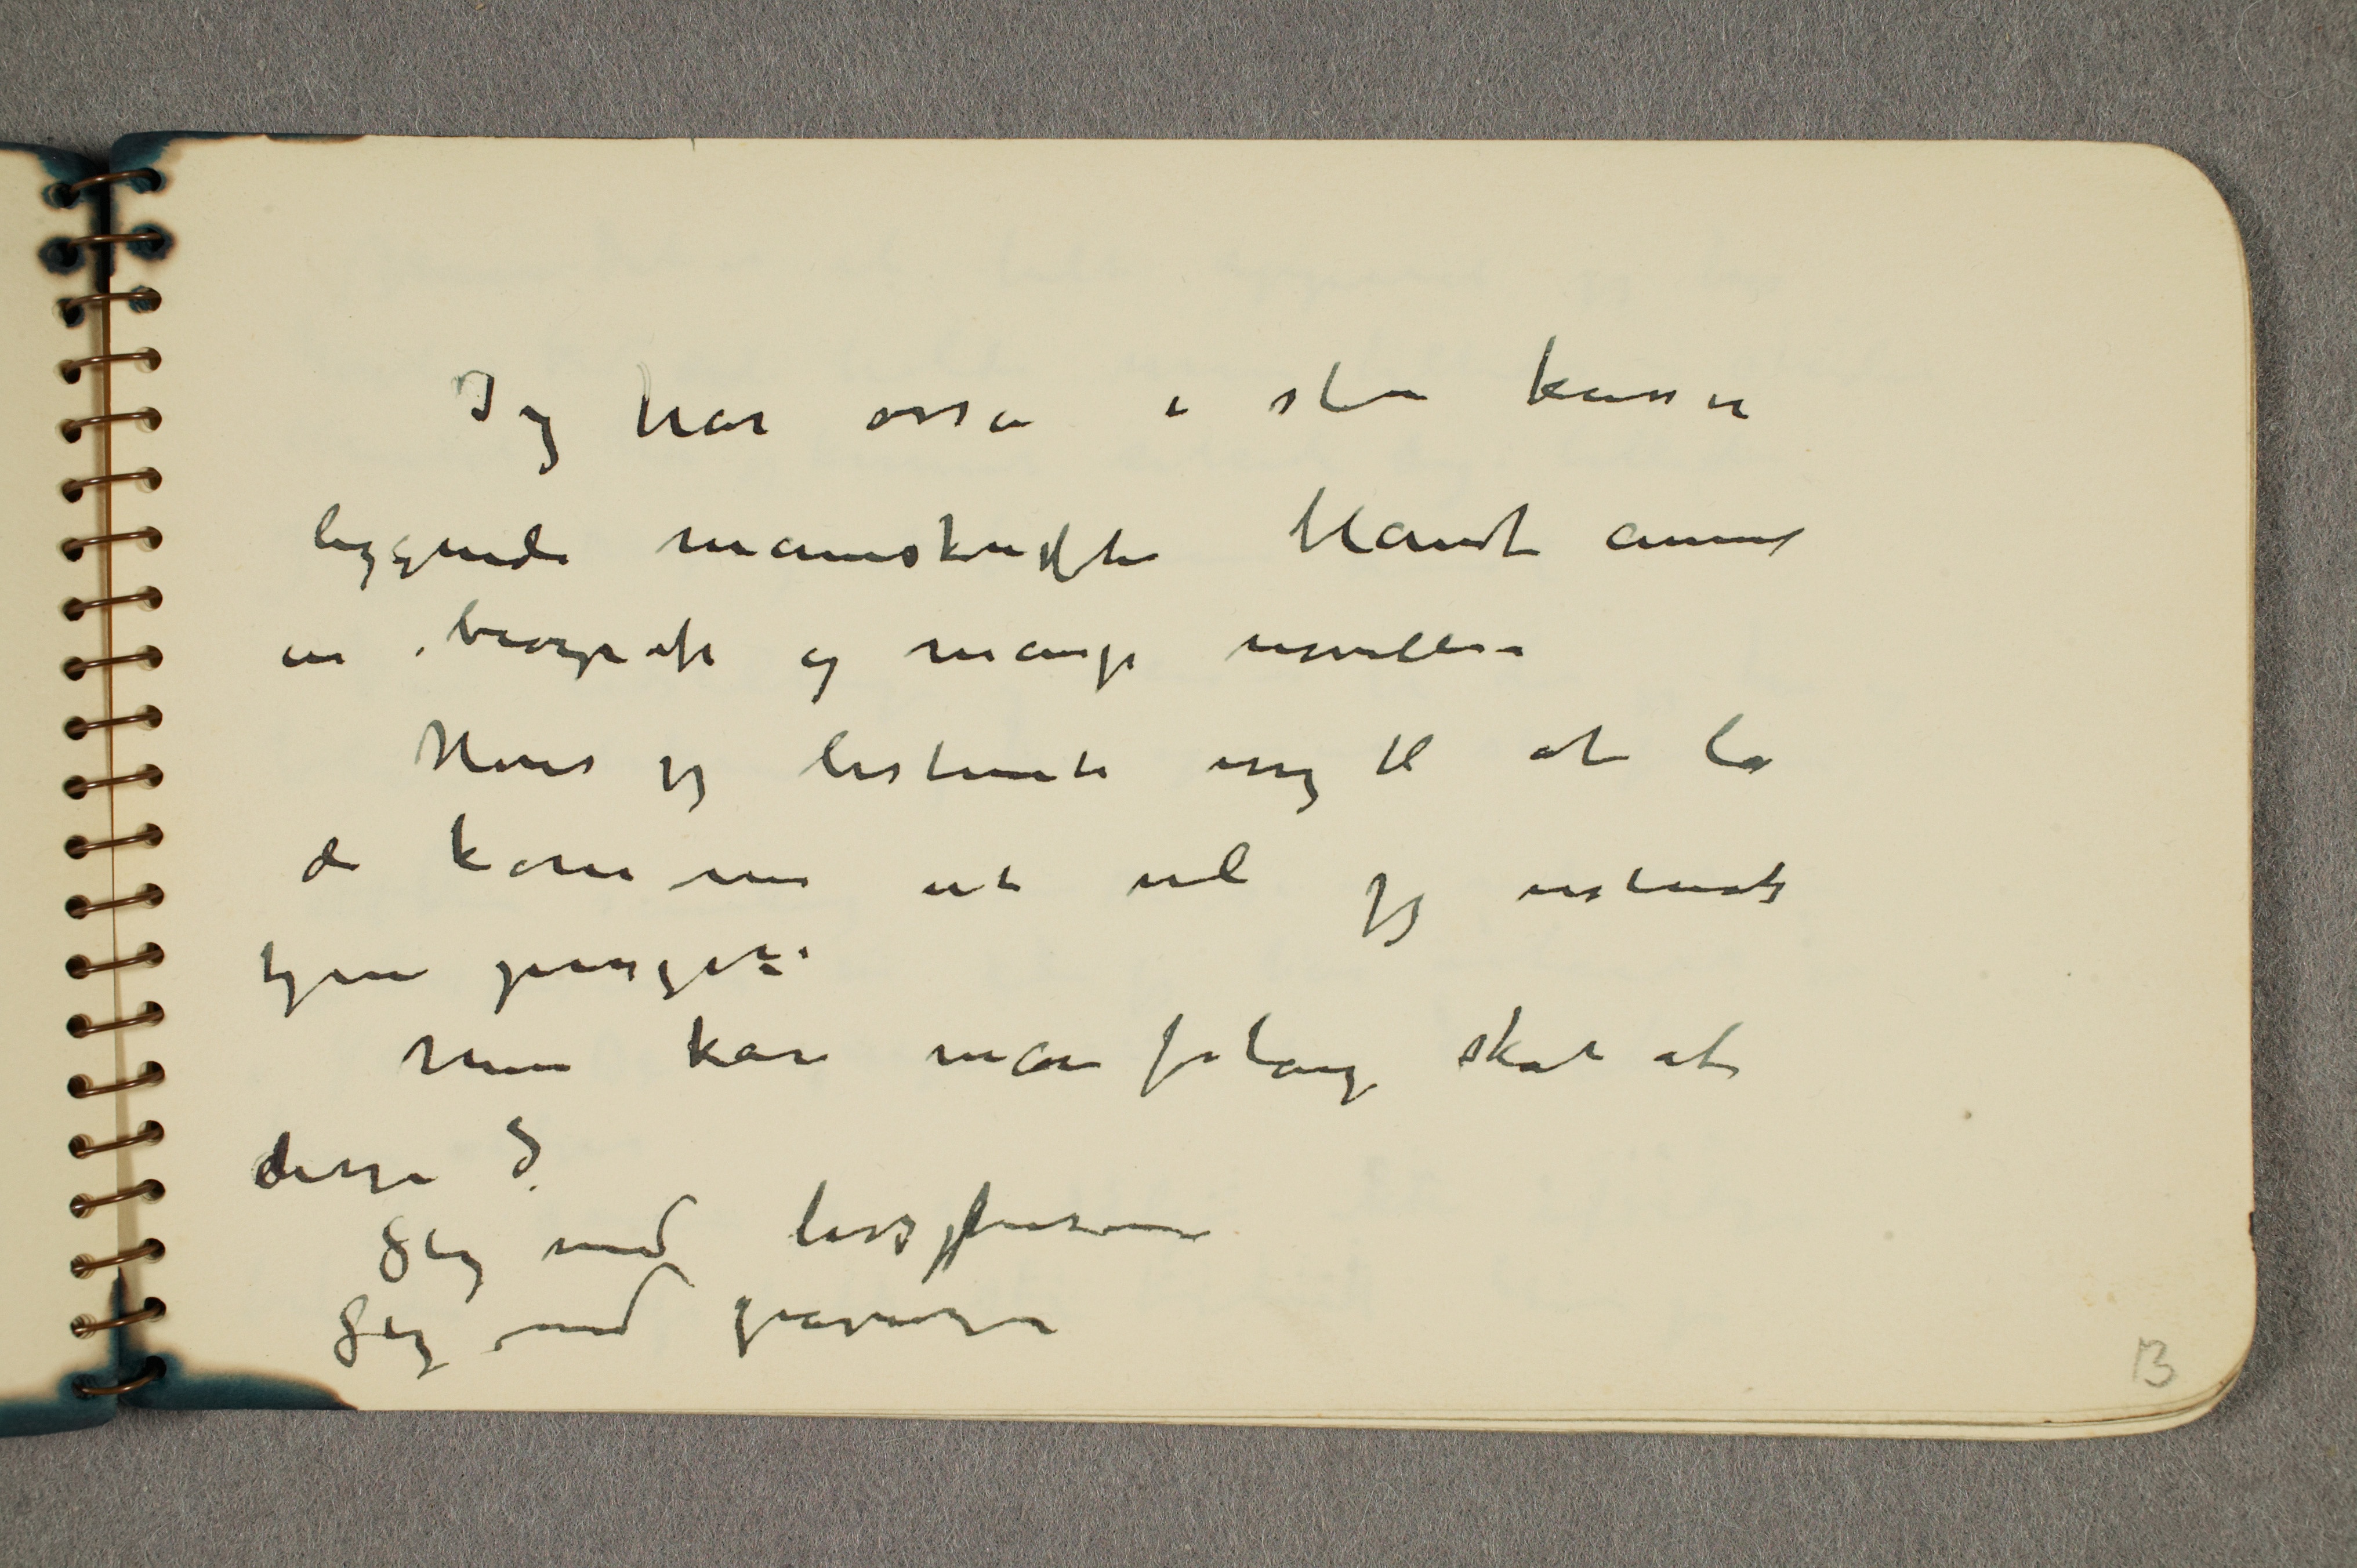
Jeg har osså i store kasser
liggende manuskrifter blandt annet
en biografi og mange noveller
Hvis jeg bestemte mig til at la
de komme ut vil jeg vistnok
tjene penger –
Men kan man forlange skat af
disse?
Slig med livsfrisen
Slig med gravurerne